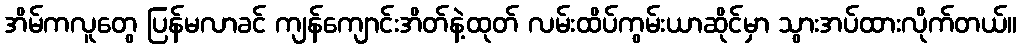
အိမ်ကလူတွေ ပြန်မလာခင် ကျန်ကျောင်းအိတ်နဲ့ထုတ် လမ်းထိပ်ကွမ်းယာဆိုင်မှာ သွားအပ်ထားလိုက်တယ်။